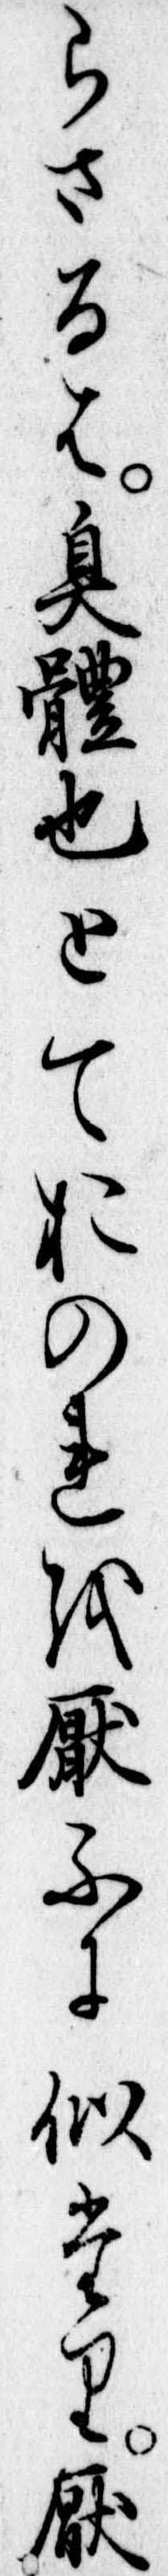
らさるは臭体也とておのれを厭ふに似たり厭